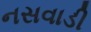
નસવાડી